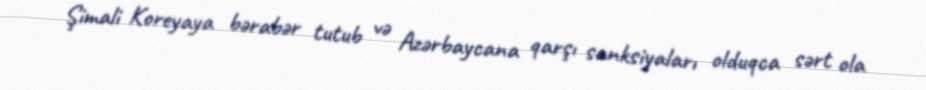
Şimali Koreyaya bərabər tutub və Azərbaycana qarşı sanksiyaları olduqca sərt ola